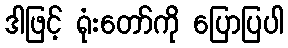
ဒါဖြင့် ရုံးတော်ကို ပြောပြပါ